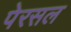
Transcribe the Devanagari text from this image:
पेरसल